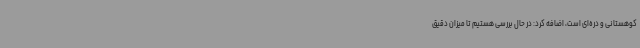
کوهستانی و دره‌ای است، اضافه کرد: در حال بررسی هستیم تا میزان دقیق